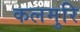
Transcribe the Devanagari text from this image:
कलमुरि